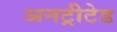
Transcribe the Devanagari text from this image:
अनट्रीटेड